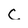
Character: C